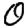
Digit: 0